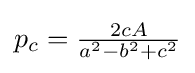
p_{c}={\tfrac {2cA}{a^{2}-b^{2}+c^{2}}}